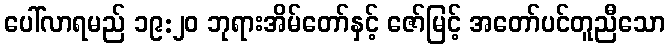
ပေါ်လာရမည် ၁၉:၂၀ ဘုရားအိမ်တော်နှင့် ဇော်မြင့် အတော်ပင်တူညီသော